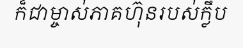
ក៏ជាម្ចាស់ភាគហ៊ុនរបស់ក្លឹប